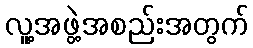
လူ့အဖွဲ့အစည်းအတွက်